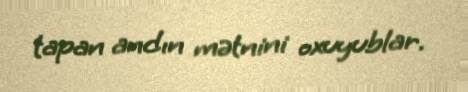
tapan andın mətnini oxuyublar.